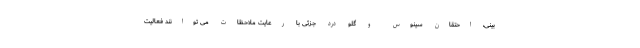
بینی، احتقان سینوس و گلو درد جزئی با رعایت ملاحظات می توانند فعالیت